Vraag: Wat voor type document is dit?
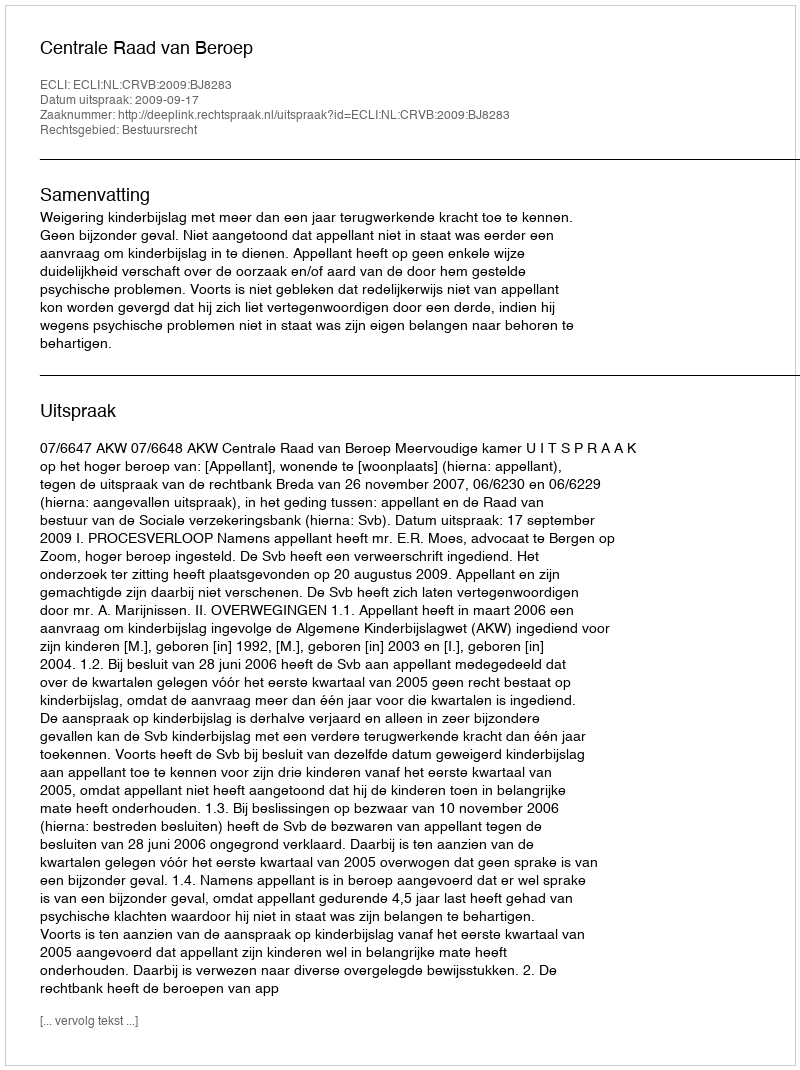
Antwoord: Uitspraak